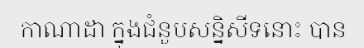
កាណាដា ក្នុងជំនួបសន្និសីទនោះ បាន